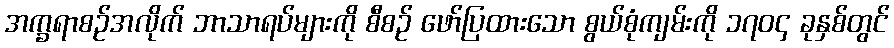
အက္ခရာစဉ်အလိုက် ဘာသာရပ်များကို စီစဉ် ဖော်ပြထားသော စွယ်စုံကျမ်းကို ၁၇၀၄ ခုနှစ်တွင်